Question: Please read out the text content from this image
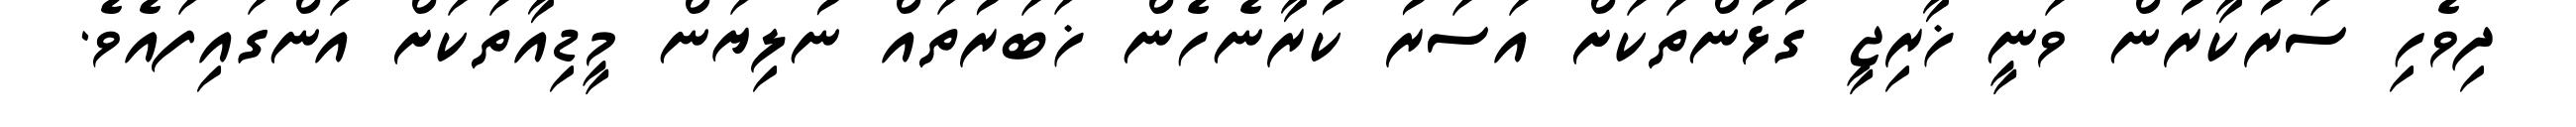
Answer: ދިވެހި ސަރުކާރުން ވަނީ ޚާރިޖީ ގުޅުންތަކަށް އަސަރު ކުރާނެހެން ޚަބަރުތައް ނުލިޔަން މީޑިއާތަކަށް އަންގައިފައެވެ.